Bréfritari: Stefanía Salómonsen
Viðtakandi: Jakobína Magnúsdóttir
Dagsetning: A-1886-07-06
Skrifað á: Akureyri  Eyf.

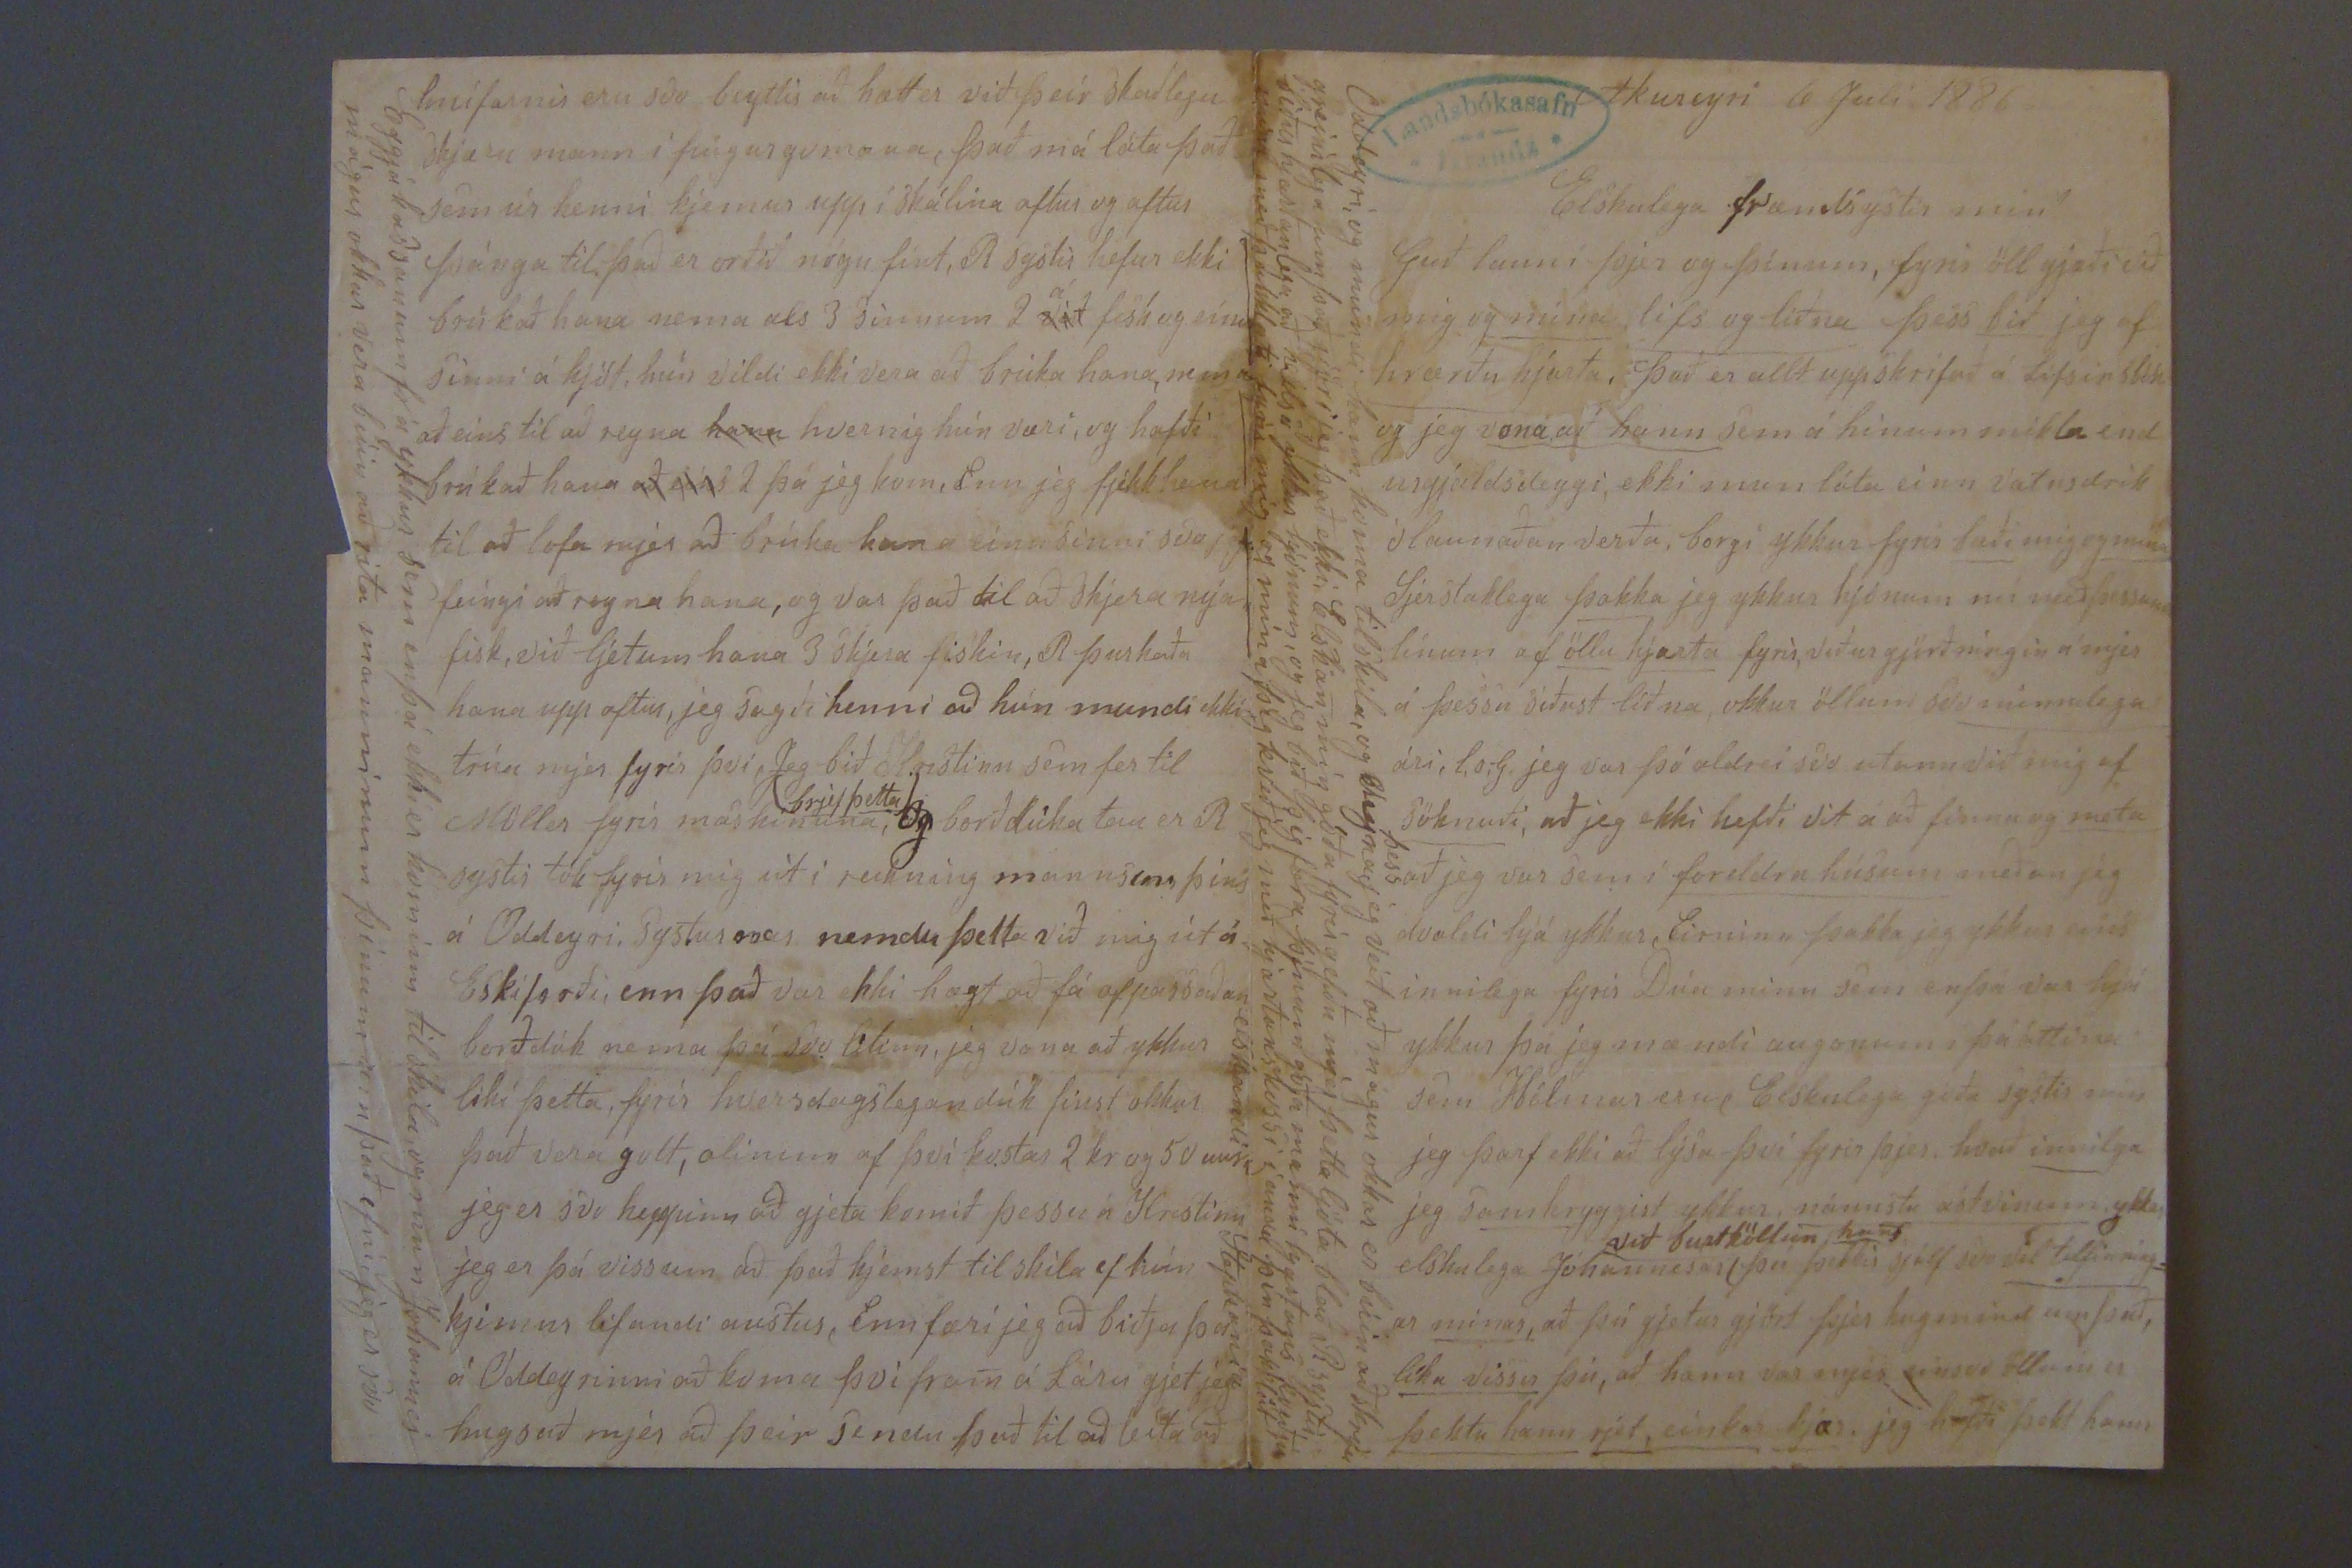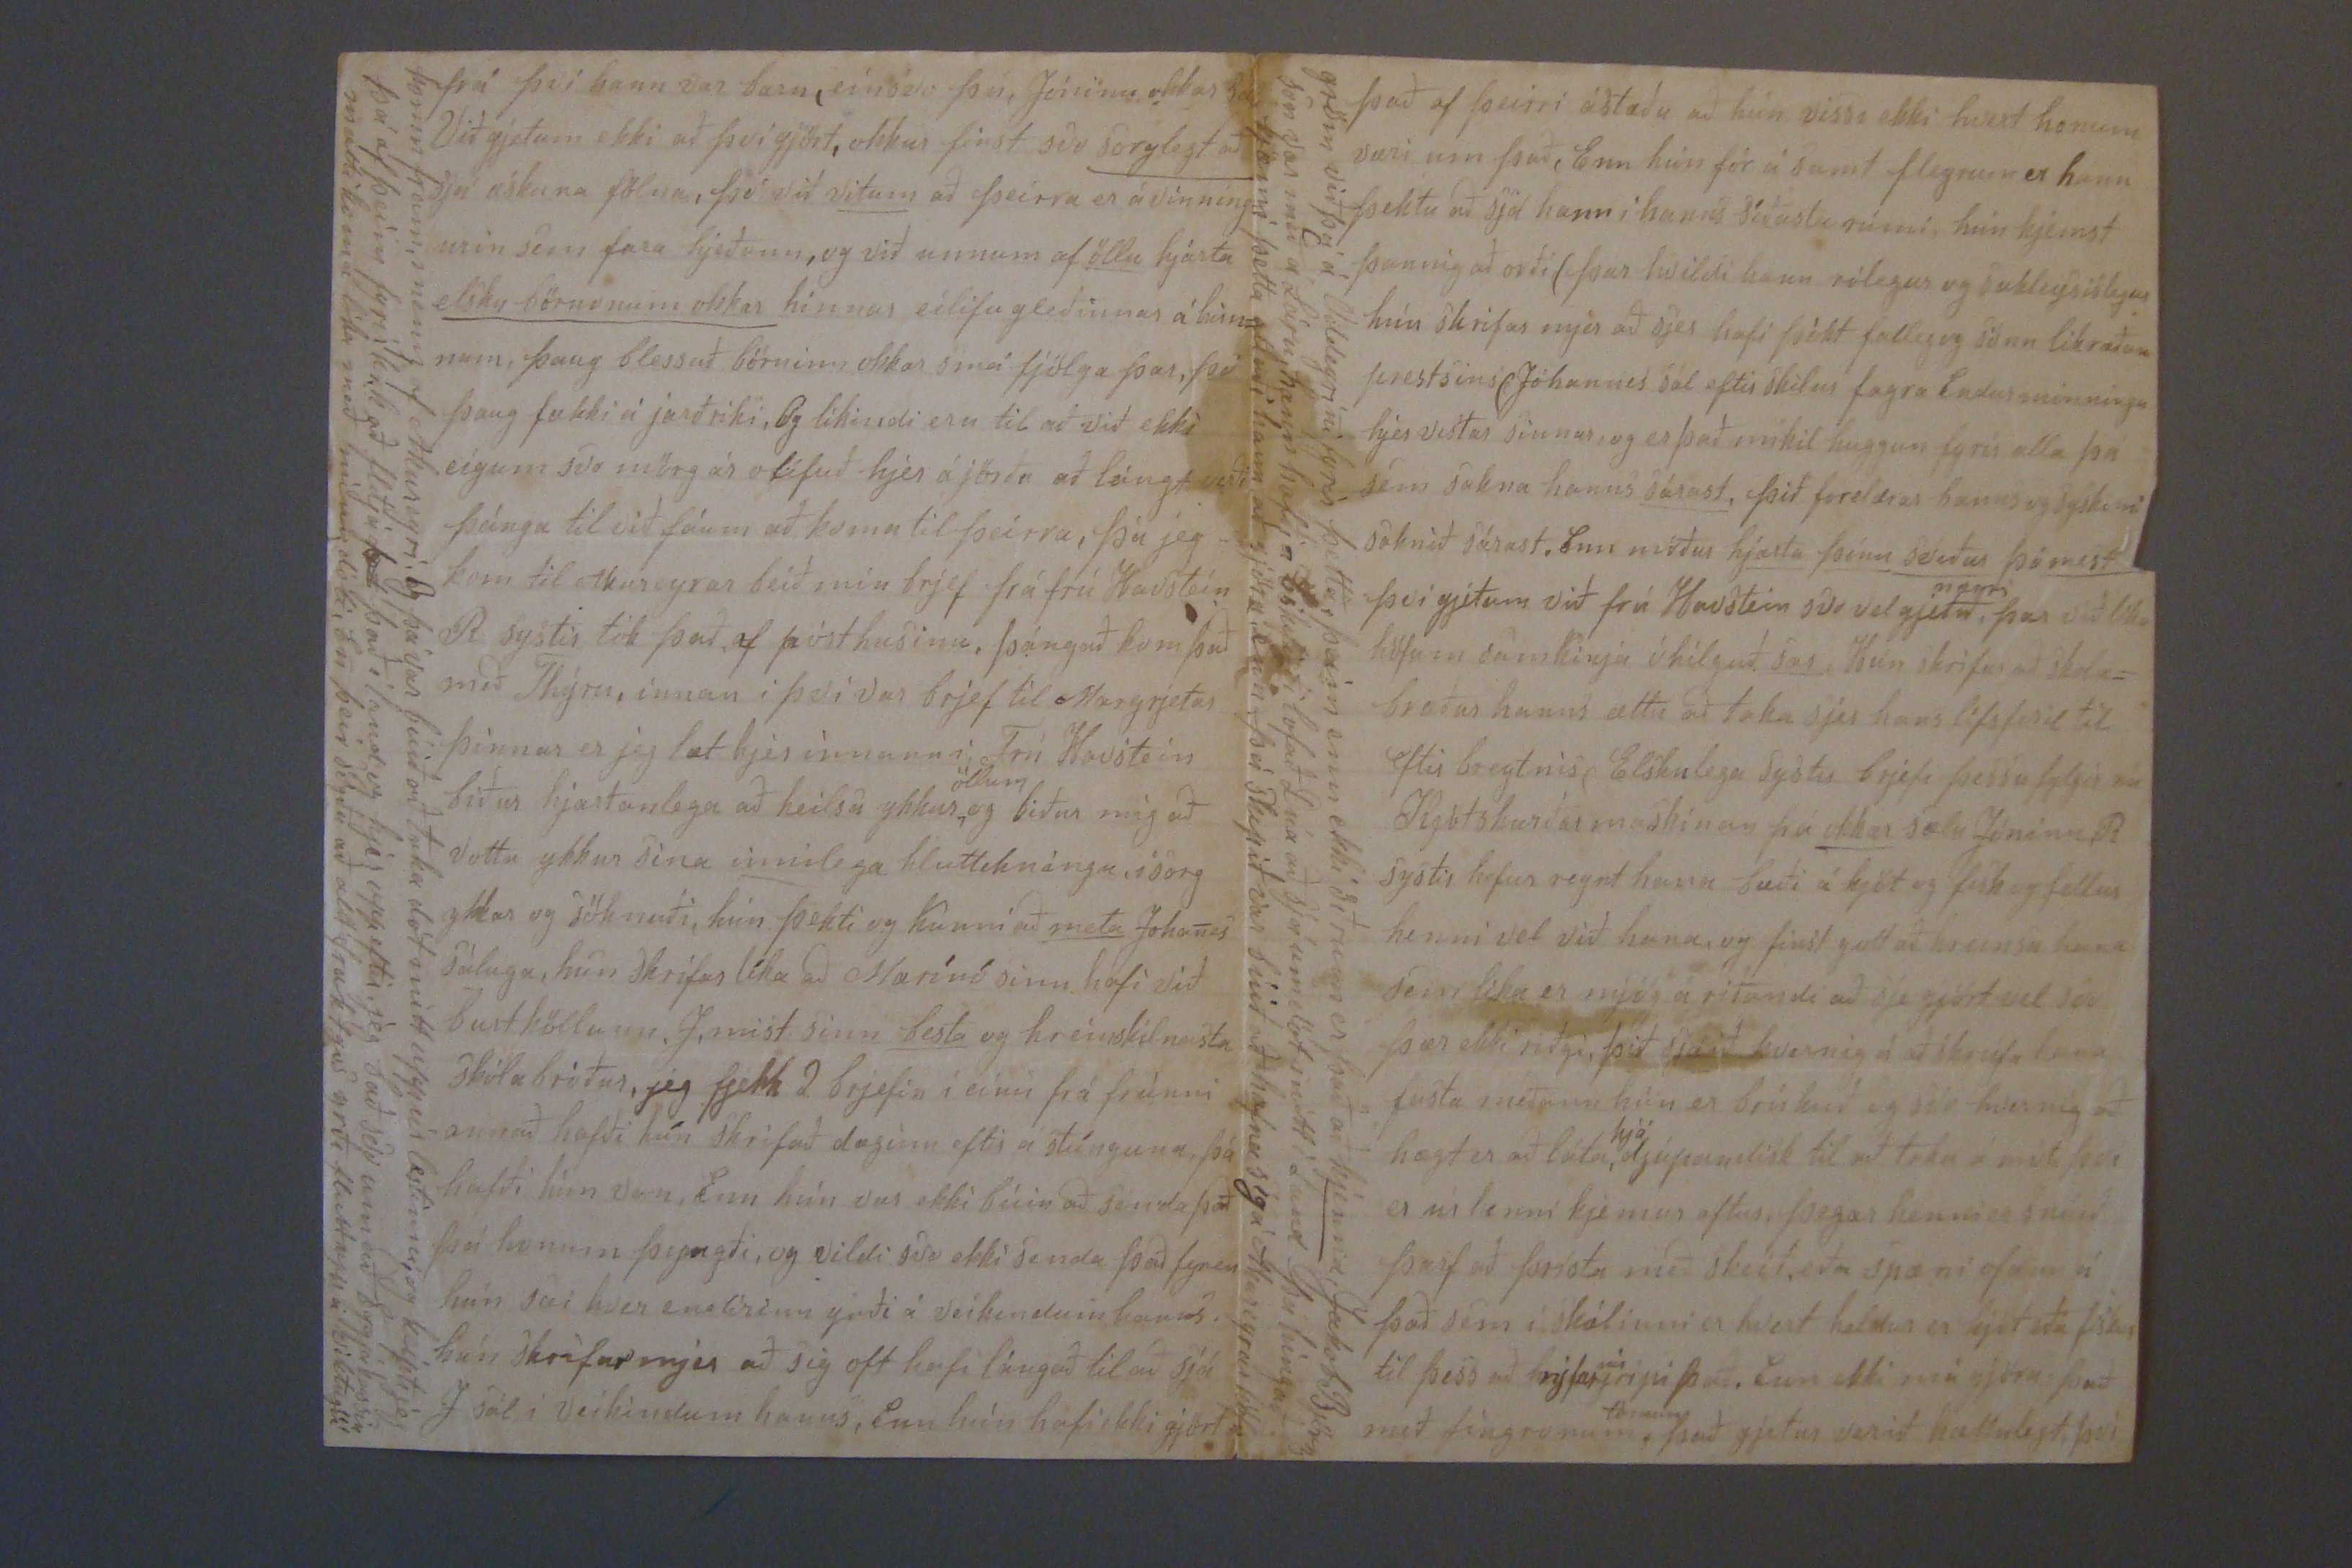

Akureyri 6 Juli 1886
Elskulega frændsystir mín!
Guð launi þjer og þínum, fyrir öll gjæði við mig og mína, lífs og liðna þess bið jeg af hrærðu hjarta. Það er allt uppskrifað á Lífsins bón og jeg vona að hann sem á hinum mikla end urgjalds
deggi
, ekki mun láta einn vatnsdrik ólaunaðan verða, borgi ykkur fyrir bæði mig og mína Sjerstaklega þakka jeg ykkur hjónum nú með þessum línum af öllu hjarta fyrir, veður gjörðníngin á mjer á þessu síðast liðna, okkur öllum svo minnilega ári, , l,s,G jeg var þó aldrei svo utann við mig af söknuði, að jeg ekki hefði vit á að finna og meta að jeg var sem í foreldra húsum meðan jeg dvaldi hjá ykkur, Eirninn þakka jeg ykkur eins innilega fyrir Dúa minn sem enþá var hjá ykkur þa jeg mændi augonum í þá áttina sem Hólmar eru, Elskulega góða systir mín jeg þarf ekki að lýsa því fyrir þjer, hvað innilega jeg samhryggist ykkur, nánustu ástvinum ykkar elskulega Jóhannesar
við burtköllun hans
þú þekkir sjálf svo vel tilfinníng= ar mínar, að þú gjetur gjört þjer hugmind um það, líka vissir þú, að hann var mjer einsvo öllum er þektu hann rjet, einkar kjær. jeg hafði þekt hann
Oddeyri, og mindi hann koma til skila, og
00eyna
þess
, jeg veit að mágur okkar er búin að skrifa greinilega um það gjöri jeg það ekki, Elskan mín góða fyrirgefðu mjer þetta ljóta blað R systir biður hjartanlega að heilsa ykkur hjónum, og jeg bið þig færa þínum góða manni hjartans kveðju mína með þakklæti fyrir mig og mína þig kveð jeg með hjartans kossi í anda þín þakklát elskandi Stephanía
frá því hann var barn, eínsvo þú, Jónínu okkar sál Við gjetum ekki að því gjört, okkur finst svo sorglegt að sjá æskuna fölna, þó við vitum að þeírra er ávinning= urin sem fara hjeðan, og við unnum af öllu hjarta elsku börnonum okkar hinnar eílífu gleðinnar á
hún=
num, þaug blessuð börninn okkar smá fjölga þar, þó þaug fækki á jarðríki, Og líkindi eru til að við ekki eígum svo mörg ár olífuð hjer á jörðu að lángt verði þánga til við fáum að koma til þeírra, þá jeg kom til akureyrar beið mín brjef frá frú Havsteín R systir tók það, af pósthusinu, þángað kom það með Thýru, innan i því var brjef til Margrjetar þinnar er jeg læt hjer innann i Frú Havstein biður hjartanlega að heilsa ykkur
öllum
, og biður mig að votta ykkur sína innilega hluttekníngu, í sorg ykkar og söknuði, hún þekti og kunni að meta Johanes sáluga, hún skrifar líka að Marínó sinn hafi við burtköllunn, J, mist sinn besta og hreinskilnasta skólabróður, jeg fjekk 2 brjefin í eínu frá frúnni annað hafði hún skrifað dæginn eftir á stúnguna, þá hafði hún
vorn
, Enn hún var ekki búin að senda það þá honum þyngði, og vildi svo ekki senda það fyren hún var hver endirinn yrði á veíkindum hanns. hún skrifar mjer að sig oft hafi lángað til að sjá J sál í veikindum hanns, Enn hún hafi ekki gjört
komu fram, menn af Akureyri. Og þá var búið að taka dót mitt uppúr lestinni, og keípti jeg þá af þeím fyrir
k0k
að flitja
þad
það í land og hjer upp eftir, jeg bað svo um að byrgja kassin mætti koma líka með mínu dóti, En þeir sögðu að alt frakt
g0s
yrði flutt upp á viktu
gum
það af þeirri ástæðu að hún vissi ekki hvort honum væri um það, Enn hún fór ásamt fleyrum er hann þektu að sjá hann í hanns síðusta rúmi, hún kjemst þannig að orði (þar hvíldi hann rólegur og sakleysislegur hún skrifar mjer að sjer hafi þókt falleg og sönn líkræðan prestsins (Jóhannes sál eftir skilur fagra Endurminningu hjer vistar sinnar, og er það mikil huggun fyrir alla þá sem sakna hanns sárast, þið foreldrar hanns og syskini saknið sárast. Enn móður hjarta þínu svíður þó mest því gjetum við frú Havstein svo vel gjetið
nærri
, þar við líka höfum samkinja óhílguð sar, Hún skrifar að skola= bræður hanns ættu að taka sjer hans lífs
feril
til eftir breytnis ( Elskulega systir brjefi þessu fylgir nú Kjötskurðarmaskínan frá okkar sælu Jónínu R systir hefur reynt hana bæði á kjöt og físk og fellur henni vel við hana, og finst gott að hreinsa hana sem líka er mjög á ríðandi að sje gjört vel svo þær ekki riðgi, þið sjáið kvernig á að skrúfa hana fasta meðann hún er brúkuð og svo hvernig að hægt er að láta
hjá
djúpan disk til að taka á móti því er úr henni kjemur aftur, þegar henni er snúið þarf að þrísta með skeið, eða spæni ofann á það sem í skálinni er hvort heldur er kjöt eða fískur til þess að
hríg fær
nú
grípi það. Enn ekki má gjöra það með fíngronum
Örmum
, það gjetur verið hættulegt, því
gröm við þá á Oddeyrini fyrir þetta, þeím enn ekki öðrum er það að kjenna, Jakob Björns son var með á Láru, hann hafði á Eskifirði lofað Dúa að sjá um dót mitt í Land þá híngað kjæmi þetta ætlaði hann að gjöra enn þá skipið var búið að hafna sig á Akureyrarhöfn
hnífarnir eru svo beyttir að hætt er við þeír skaðlega skjæru mann í fíngurgomana, það má láta það sem úr henni kjemur upp í skálina aftur og aftur þánga til það er orðið nógu fínt, R systir hefur ekki brúkað hana nema als 3 sinnum 2
á
við
fisk og eínu sinni á kjöt, hún vildi ekki vera að brúka hana, nema aðeins til að reyna
hann
hvernig hún væri, og hafði brúkað hana
að eíns
2 þá jeg kom, Enn jeg fjekk hana til að lofa mjer að brúka hana eínu sinni svo jeg féingi að reyna hana, og var það til að skjera nýan fisk, við ljetum hana 3 skjera fiskin, R þurkaða hana upp aftur, jeg sagði henni að hún mundi ekki trúa mjer fyrir því, Jeg bið Kristinu sem fer til Möller fyrir maskínuna,
(brjef þetta)
Og borðdúka tau er R systir tók fyrir mig út í reikning mannsins þíns á Oddeyri, systurnar nemdu þetta við mig út á Eskifirði, enn það var ekki hægt að fá ofpassaðan borðdúk nema þá svo lítinn, jeg vona að ykkur líki þetta, fyrir hversdagslegan dúk finst okkur það vera gott,
álínum
af því kostar 2 kr og 50 aura jeg er svo heppinn að gjeta komið þessu á Kristínu jeg er þá viss um að það kjemst til skila ef hún kjemur lifandi austur, Enn færi jeg að biðja þá á Oddeyrinni að koma því fram á Láru gjet jeg hugsað mjer að þeir sendu það til að leita að
Eggjakassanum frá ykkur sem enþá ekki er kominn til skila, og mun Johannes mágur okkar vera búin að rita manninum þínum um það efni, jeg er svo